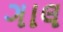
ગાલ